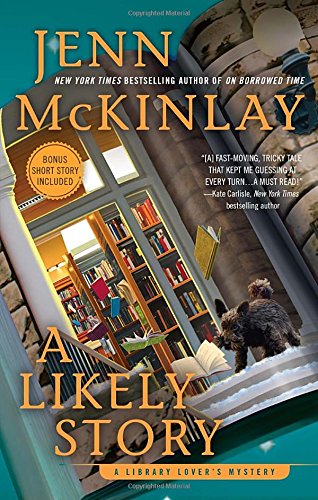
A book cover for A Likely Story: A Library Lover's Mystery; Jenn McKinlay; Mystery, Thriller & Suspense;